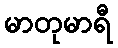
မာတုမာရီ